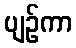
ပျဉ်ကာ